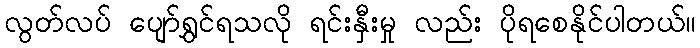
လွတ်လပ် ပျော်ရွှင်ရသလို ရင်းနှီးမှု လည်း ပိုရစေနိုင်ပါတယ်။